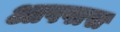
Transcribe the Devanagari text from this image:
आपपास